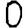
Digit: 0